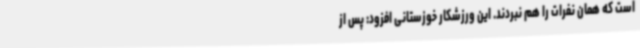
است که همان نفرات را هم نبردند. این ورزشکار خوزستانی افزود: پس از